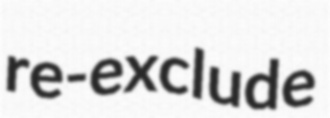
re-exclude